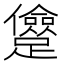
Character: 𨇓